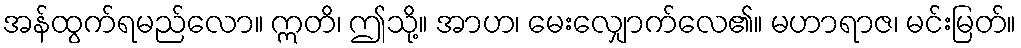
အန်ထွက်ရမည်လော။ ဣတိ၊ ဤသို့။ အာဟ၊ မေးလျှောက်လေ၏။ မဟာရာဇ၊ မင်းမြတ်။